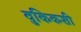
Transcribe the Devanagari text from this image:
वुकिकशी